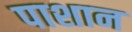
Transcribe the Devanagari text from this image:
पाशान